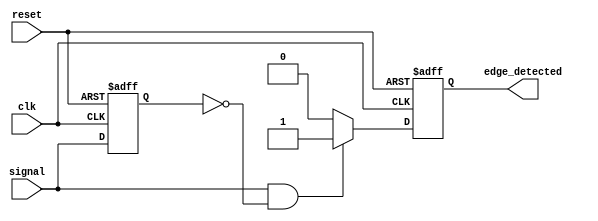
module rising_edge_detector (
    input wire clk,          // Clock input
    input wire reset,        // Asynchronous reset input
    input wire signal,       // Input signal to detect rising edge
    output reg edge_detected  // Output signal indicating rising edge
);

    reg previous_signal;     // Register to hold the previous state of the input signal

    // Always block to capture the previous state and detect rising edge
    always @(posedge clk or posedge reset) begin
        if (reset) begin
            previous_signal <= 1'b0; // Reset previous state
            edge_detected <= 1'b0;    // Reset edge detected output
        end else begin
            // Rising edge detection logic
            if (signal && !previous_signal) begin
                edge_detected <= 1'b1; // Set edge detected on rising edge
            end else begin
                edge_detected <= 1'b0;  // Clear edge detected otherwise
            end
            
            // Update previous signal state
            previous_signal <= signal;
        end
    end

endmodule